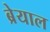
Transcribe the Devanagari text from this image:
ब्रेयाल